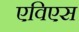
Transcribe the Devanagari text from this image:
एविएस